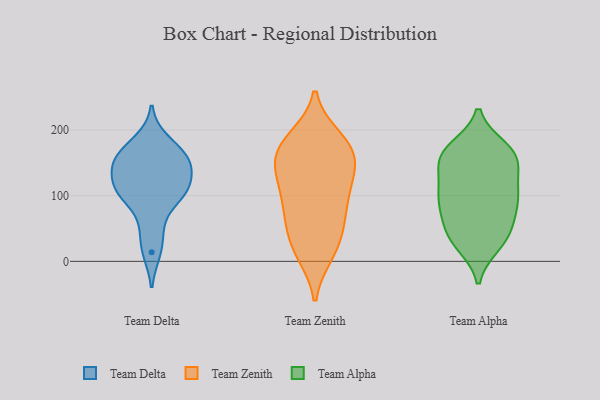
{"axis": {"x": "Gross Profit (USD K)", "y": "Value"}, "legend": ["Team Alpha", "Team Delta", "Team Zenith"], "data": [{"x": "", "y": 154, "type": "Team Delta"}, {"x": "", "y": 124, "type": "Team Delta"}, {"x": "", "y": 157, "type": "Team Delta"}, {"x": "", "y": 92, "type": "Team Delta"}, {"x": "", "y": 184, "type": "Team Delta"}, {"x": "", "y": 14, "type": "Team Delta"}, {"x": "", "y": 48, "type": "Team Delta"}, {"x": "", "y": 155, "type": "Team Delta"}, {"x": "", "y": 154, "type": "Team Delta"}, {"x": "", "y": 108, "type": "Team Delta"}, {"x": "", "y": 106, "type": "Team Delta"}, {"x": "", "y": 114, "type": "Team Delta"}, {"x": "", "y": 145, "type": "Team Zenith"}, {"x": "", "y": 168, "type": "Team Zenith"}, {"x": "", "y": 69, "type": "Team Zenith"}, {"x": "", "y": 188, "type": "Team Zenith"}, {"x": "", "y": 112, "type": "Team Zenith"}, {"x": "", "y": 169, "type": "Team Zenith"}, {"x": "", "y": 187, "type": "Team Zenith"}, {"x": "", "y": 66, "type": "Team Zenith"}, {"x": "", "y": 129, "type": "Team Zenith"}, {"x": "", "y": 100, "type": "Team Zenith"}, {"x": "", "y": 44, "type": "Team Zenith"}, {"x": "", "y": 177, "type": "Team Zenith"}, {"x": "", "y": 143, "type": "Team Zenith"}, {"x": "", "y": 12, "type": "Team Zenith"}, {"x": "", "y": 24, "type": "Team Zenith"}, {"x": "", "y": 69, "type": "Team Zenith"}, {"x": "", "y": 110, "type": "Team Zenith"}, {"x": "", "y": 156, "type": "Team Zenith"}, {"x": "", "y": 11, "type": "Team Zenith"}, {"x": "", "y": 163, "type": "Team Alpha"}, {"x": "", "y": 166, "type": "Team Alpha"}, {"x": "", "y": 49, "type": "Team Alpha"}, {"x": "", "y": 77, "type": "Team Alpha"}, {"x": "", "y": 87, "type": "Team Alpha"}, {"x": "", "y": 93, "type": "Team Alpha"}, {"x": "", "y": 48, "type": "Team Alpha"}, {"x": "", "y": 136, "type": "Team Alpha"}, {"x": "", "y": 31, "type": "Team Alpha"}, {"x": "", "y": 102, "type": "Team Alpha"}, {"x": "", "y": 118, "type": "Team Alpha"}, {"x": "", "y": 113, "type": "Team Alpha"}, {"x": "", "y": 87, "type": "Team Alpha"}, {"x": "", "y": 158, "type": "Team Alpha"}, {"x": "", "y": 158, "type": "Team Alpha"}, {"x": "", "y": 162, "type": "Team Alpha"}, {"x": "", "y": 26, "type": "Team Alpha"}, {"x": "", "y": 172, "type": "Team Alpha"}, {"x": "", "y": 34, "type": "Team Alpha"}]}